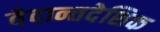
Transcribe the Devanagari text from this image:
वेदान्तदेशिक